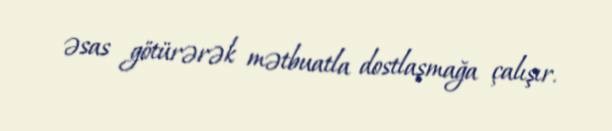
əsas götürərək mətbuatla dostlaşmağa çalışır.